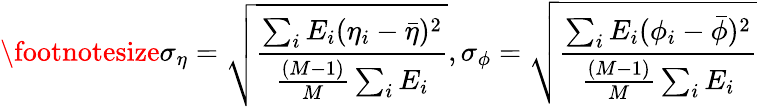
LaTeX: \footnotesize\sigma_{\eta}=\sqrt{\frac{\sum_{i}E_{i}(\eta_{i}-\bar{\eta})^{2}}{\frac{(M-1)}{M}\sum_{i}E_{i}}},\sigma_{\phi}=\sqrt{\frac{\sum_{i}E_{i}(\phi_{i}-\bar{\phi})^{2}}{\frac{(M-1)}{M}\sum_{i}E_{i}}}